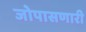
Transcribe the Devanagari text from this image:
जोपासणारी